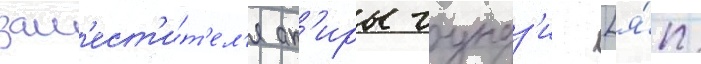
зам'ест'и́т'ел'я ак'иры гундз'и [я́п.